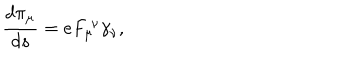
\frac { d \pi _ { \mu } } { d s } = e F _ { \mu } ^ { \ \nu } \gamma _ { \nu } ,